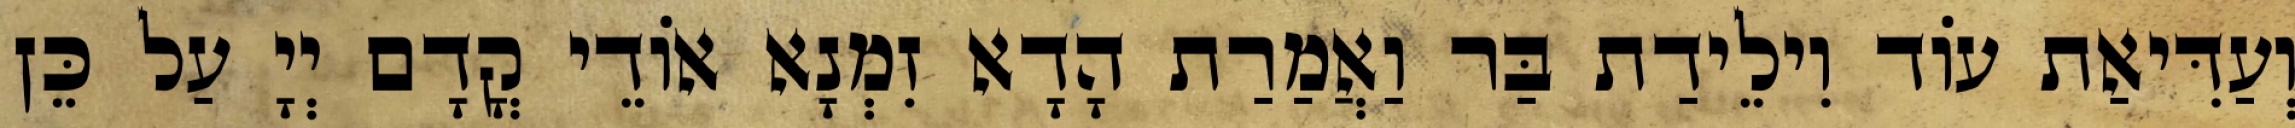
וְעַדִּיאַת עוֹד וִילֵידַת בַּר וַאֲמַרַת הָדָא זִמְנָא אוֹדֵי קֳדָם יְיָ עַל כֵּן